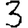
Digit: 3